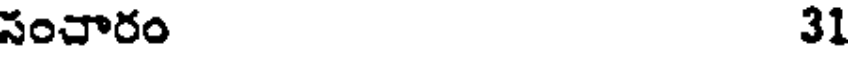
సంచారం 31